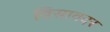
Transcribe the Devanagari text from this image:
विसावदर